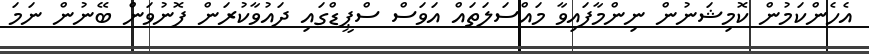
އެހެންކަމުން ކޮމިޝަނުން ނިންމާފައިވާ މައްސަލަތައް އަވަސް ސްޕީޑްގައި ދައުވާކުރަން ފޮނުވަން ބޭނުން ނަމަ